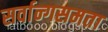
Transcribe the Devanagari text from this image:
सर्वान्गसमता